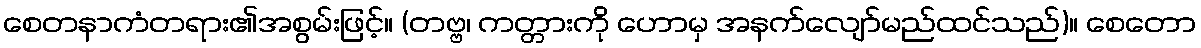
စေတနာကံတရား၏အစွမ်းဖြင့်။ (တဗ္ဗ၊ ကတ္တားကို ဟောမှ အနက်လျော်မည်ထင်သည်)။ စေတော